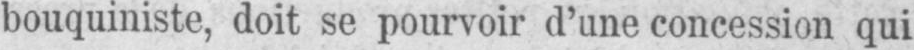
bouquiniste, doit se pourvoir d’une concession qui